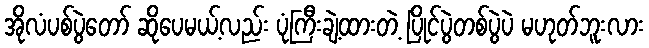
အိုလံပစ်ပွဲတော် ဆိုပေမယ့်လည်း ပုံကြီးချဲ့ထားတဲ့ ပြိုင်ပွဲတစ်ပွဲပဲ မဟုတ်ဘူးလား